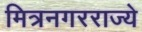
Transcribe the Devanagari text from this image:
मित्रनगरराज्ये